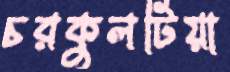
চরকুলটিয়া